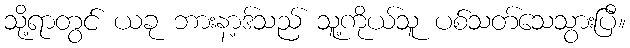
သို့ရာတွင် ယခု ဘားနာ့ဒ်သည် သူ့ကိုယ်သူ ပစ်သတ်သေသွားပြီ။